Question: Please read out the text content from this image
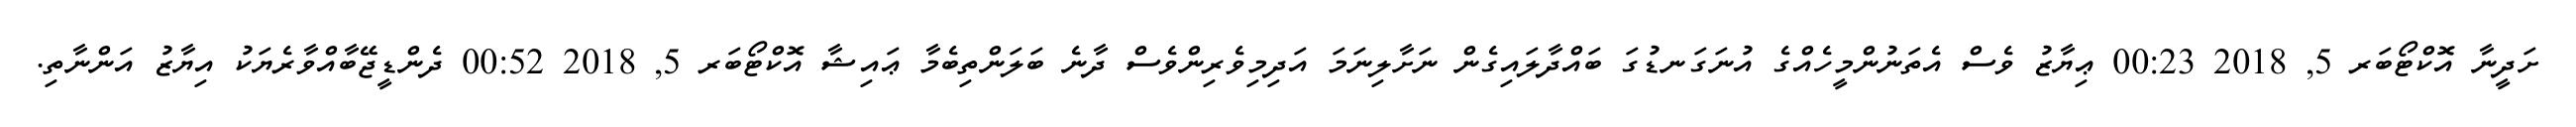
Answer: ށަދީނާ އޮކްޓޯބަރ 5, 2018 00:23 ޢިޔާޒު ވެސް އެތަނުންމީހެއްގެ އުނަގަނޑުގަ ބައްދާލައިގެން ނަށާލިނަމަ އަދިމިވެރިންވެސް ދާނެ ބަލަންތިބެމާ ޢައިޝާ އޮކްޓޯބަރ 5, 2018 00:52 ދެންޑީޖޭބާއްވާރެޔަކު އިޔާޒު އަންނާތި.